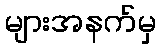
များအနက်မှ